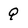
Character: q